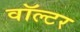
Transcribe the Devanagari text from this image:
वॉल्‍टर